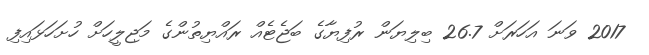
2017 ވަނަ އަހަރަށް 26.7 ބިލިޔަން ރުފިޔާގެ ބަޖެޓެއް ރައްޔިތުންގެ މަޖިލީހަށް ހުށަހަޅައިފި